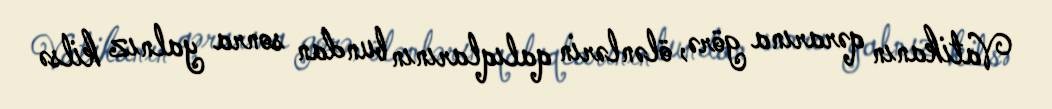
Vatikanın qərarına görə, ölənlərin qalıqlarının bundan sonra yalnız kilsə